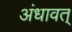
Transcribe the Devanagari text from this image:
अंधावत्